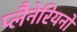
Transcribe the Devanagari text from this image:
प्लैनेरियनों